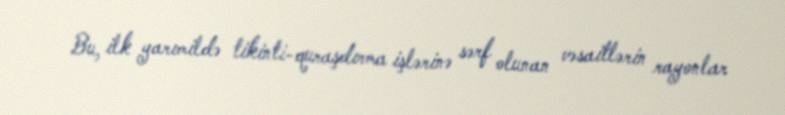
Bu, ilk yarımildə tikinti-quraşdırma işlərinə sərf olunan vəsaitlərin rayonlar